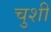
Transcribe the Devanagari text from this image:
चुशी